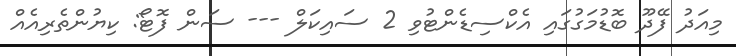
މިއަދު ފޭދޫ ބޮޑުމަގުގައި އެކްސިޑެންޓުވި 2 ސައިކަލް --- ސަން ފޮޓޯ: ކިޔުންތެރިއެއް